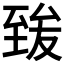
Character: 𦥀